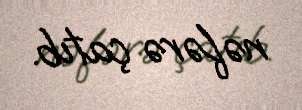
nəfərə çatıb.